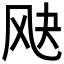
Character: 𬱷